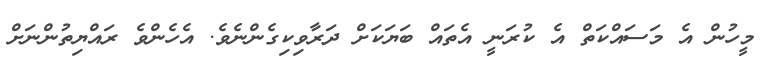
މީހުން އެ މަސައްކަތް އެ ކުރަނީ އެތައް ބަޔަކަށް ދަރާވިކިގެންނެވެ. އެހެންވެ ރައްޔިތުންނަށް